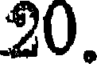
20.